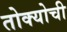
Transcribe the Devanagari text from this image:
तोक्योची